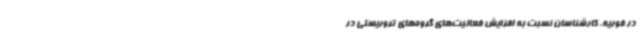
در فوریه، کارشناسان نسبت به افزایش فعالیت‌های گروه‌های تروریستی در